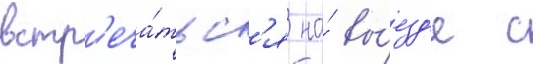
встр'еча́тьс'я на́ вы́езд'е с